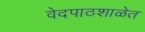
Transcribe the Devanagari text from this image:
वेदपाठशाळेत